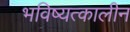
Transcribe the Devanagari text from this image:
भविष्यत्कालीन